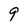
Character: 9